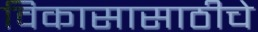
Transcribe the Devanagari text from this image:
विकासासाठीचे